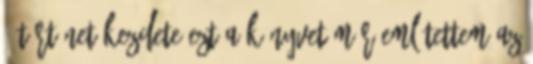
történet kezdete Ezt a könyvet már említettem az